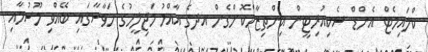
ކްލައިމެޓް އެންޑް ސެކިއުރިޓީން އިންތިޒާމްކޮށްގެން އދގެ އާއްމު މަޖިލީހުގެ ހަވާސާގައި ބޭއްވި މޫސުމާއި